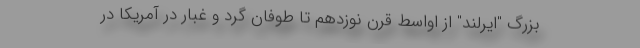
بزرگ "ایرلند" از اواسط قرن نوزدهم تا طوفان گرد و غبار در آمریکا در